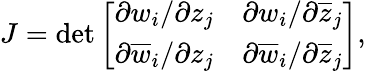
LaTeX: J=\operatorname*{det}\left[\begin{array}{cc}{{\partial w_{i}/\partial z_{j}}}&{{\partial w_{i}/\partial\overline{{{z}}}_{j}}}\\ {{\partial\overline{{{w}}}_{i}/\partial z_{j}}}&{{\partial\overline{{{w}}}_{i}/\partial\overline{{{z}}}_{j}}}\end{array}\right],